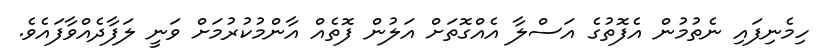
ހިމެނިފައި ނެތުމުން އެފޮތުގެ އަސްލާ އެއްގޮތަށް އަލުން ފޮތެއް އާންމުކުރުމަށް ވަނީ ލަފާދެއްވާފައެވެ.